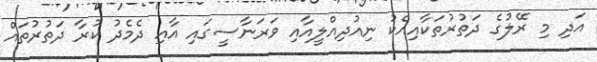
އަދި މި ރޭލުގެ ދަތުރުތަކާއިއެކު ނިއުދިއްލީއާއި ވަރަނާސީގައި އާއި ދެމެދު ކުރާ ދަތުރުތައް